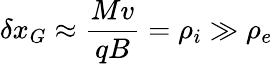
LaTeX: \delta x_{G}\approx\frac{Mv}{qB}=\rho_{i}\gg\rho_{e}